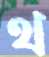
থ